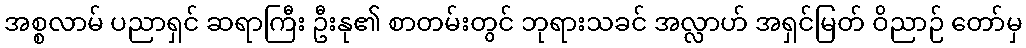
အစ္စလာမ် ပညာရှင် ဆရာကြီး ဦးနု၏ စာတမ်းတွင် ဘုရားသခင် အလ္လာဟ် အရှင်မြတ် ဝိညာဉ် တော်မှ